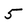
Character: 5